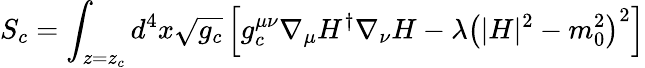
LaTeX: S_{c}=\int_{z=z_{c}}d^{4}x\sqrt{g_{c}}\left[g_{c}^{\mu\nu}\nabla_{\mu}H^{\dagger}\nabla_{\nu}H-\lambda\left(|H|^{2}-m_{0}^{2}\right)^{2}\right]